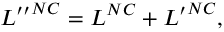
{ { \cal L } ^ { \prime \prime } } ^ { N C } = { \cal L } ^ { N C } + { { \cal L } ^ { \prime } } ^ { N C } ,